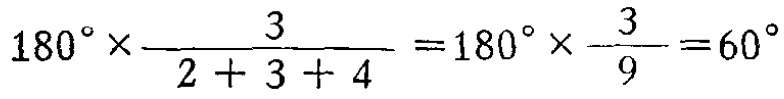
$180^{\circ} \times \frac{3}{2 + 3 + 4}=180^{\circ} \times \frac{3}{9}=60^{\circ}$